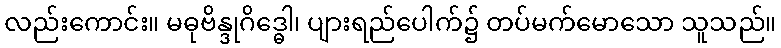
လည်းကောင်း။ မဓုဗိန္ဒုဂိဒ္ဓေါ၊ ပျားရည်ပေါက်၌ တပ်မက်မောသော သူသည်။